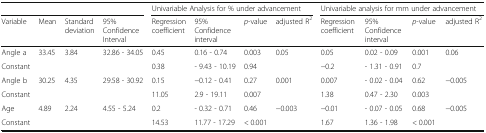
<table><thead><tr><td colspan="4"></td><td colspan="4"><b>Univariable Analysis for % under advancement</b></td><td colspan="4"><b>Univariable analysis for mm under advancement</b></td></tr><tr><td><b>Variable</b></td><td><b>Mean</b></td><td><b>Standard deviation</b></td><td><b>95% Confidence Interval</b></td><td><b>Regression coefficient</b></td><td><b>95% Confidence interval</b></td><td><b><i>p</i>-value</b></td><td><b>adjusted R<sup>2</sup></b></td><td><b>Regression coefficient</b></td><td><b>95% Confidence interval</b></td><td><b><i>p</i>-value</b></td><td><b>adjusted R<sup>2</sup></b></td></tr></thead><tbody><tr><td>Angle a</td><td>33.45</td><td>3.84</td><td>32.86 - 34.05</td><td>0.45</td><td>0.16 - 0.74</td><td>0.003</td><td>0.05</td><td>0.05</td><td>0.02 - 0.09</td><td>0.001</td><td>0.06</td></tr><tr><td>Constant</td><td colspan="3"></td><td>0.38</td><td>- 9.43 - 10.19</td><td>0.94</td><td></td><td>−0.2</td><td>- 1.31 - 0.91</td><td>0.7</td><td></td></tr><tr><td>Angle b</td><td>30.25</td><td>4.35</td><td>29.58 - 30.92</td><td>0.15</td><td>−0.12 - 0.41</td><td>0.27</td><td>0.001</td><td>0.007</td><td>- 0.02 - 0.04</td><td>0.62</td><td>−0.005</td></tr><tr><td>Constant</td><td colspan="3"></td><td>11.05</td><td>2.9 - 19.11</td><td>0.007</td><td></td><td>1.38</td><td>0.47 - 2.30</td><td>0.003</td><td></td></tr><tr><td>Age</td><td>4.89</td><td>2.24</td><td>4.55 - 5.24</td><td>0.2</td><td>- 0.32 - 0.71</td><td>0.46</td><td>−0.003</td><td>−0.01</td><td>- 0.07 - 0.05</td><td>0.68</td><td>−0.005</td></tr><tr><td>Constant</td><td colspan="3"></td><td>14.53</td><td>11.77 - 17.29</td><td>&lt; 0.001</td><td></td><td>1.67</td><td>1.36 - 1.98</td><td>&lt; 0.001</td><td></td></tr></tbody></table>